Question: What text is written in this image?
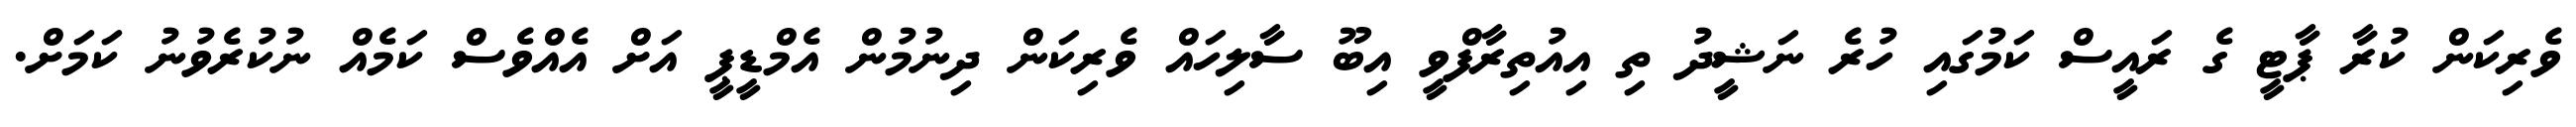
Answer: ވެރިކަން ކުރާ ޕާޓީ ގެ ރައީސް ކަމުގައި ހުރެ ނަޝީދު ތި އިއުތިރާފްވީ އިބޫ ސާލިހައް ވެރިކަން ދިނުމުން އެމްޑީޕީ އަށް އެއްވެސް ކަމެއް ނުކުރެވުނު ކަމަށް.